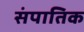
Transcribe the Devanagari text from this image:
संपातिक